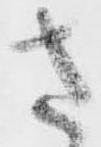
さ